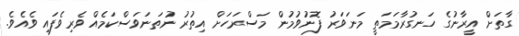
ގާތަށް އީރާނުގެ ހަނގުރާމަމަތީ މަނަވަރު ފޮނުވުމުން މަސްރަހަށް އިތުރު ނުތަނަވަސްކަމެއް ވެރިވެފައި ވެއެވެ.